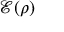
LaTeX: { \mathcal { E } } ( \rho )